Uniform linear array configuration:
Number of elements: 4
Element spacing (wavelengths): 1
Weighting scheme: uniform
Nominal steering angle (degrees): -30
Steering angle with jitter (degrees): -31.498
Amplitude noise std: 0.05
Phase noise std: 0.05

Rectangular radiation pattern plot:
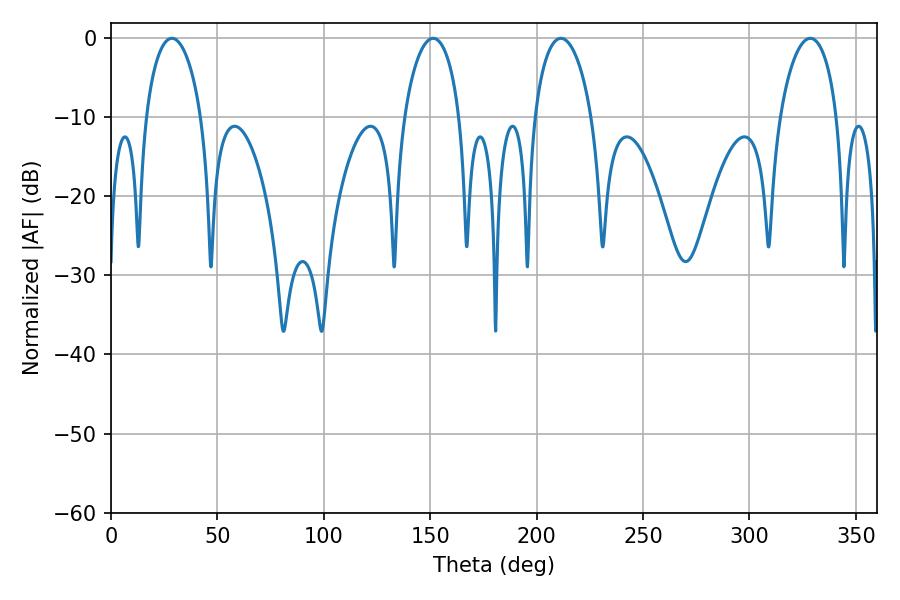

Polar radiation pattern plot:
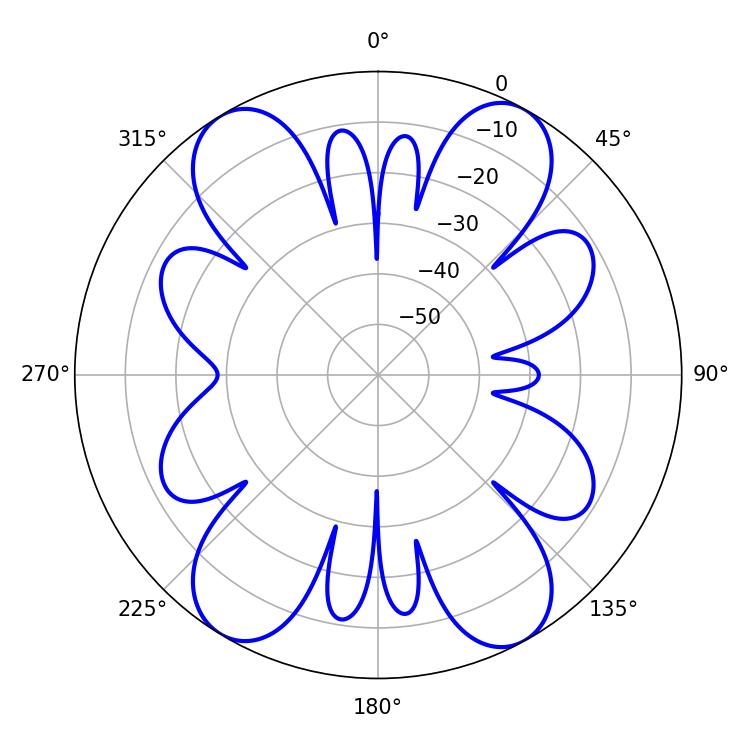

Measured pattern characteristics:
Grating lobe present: TRUE
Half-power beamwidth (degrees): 14.94
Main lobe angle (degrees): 28.62